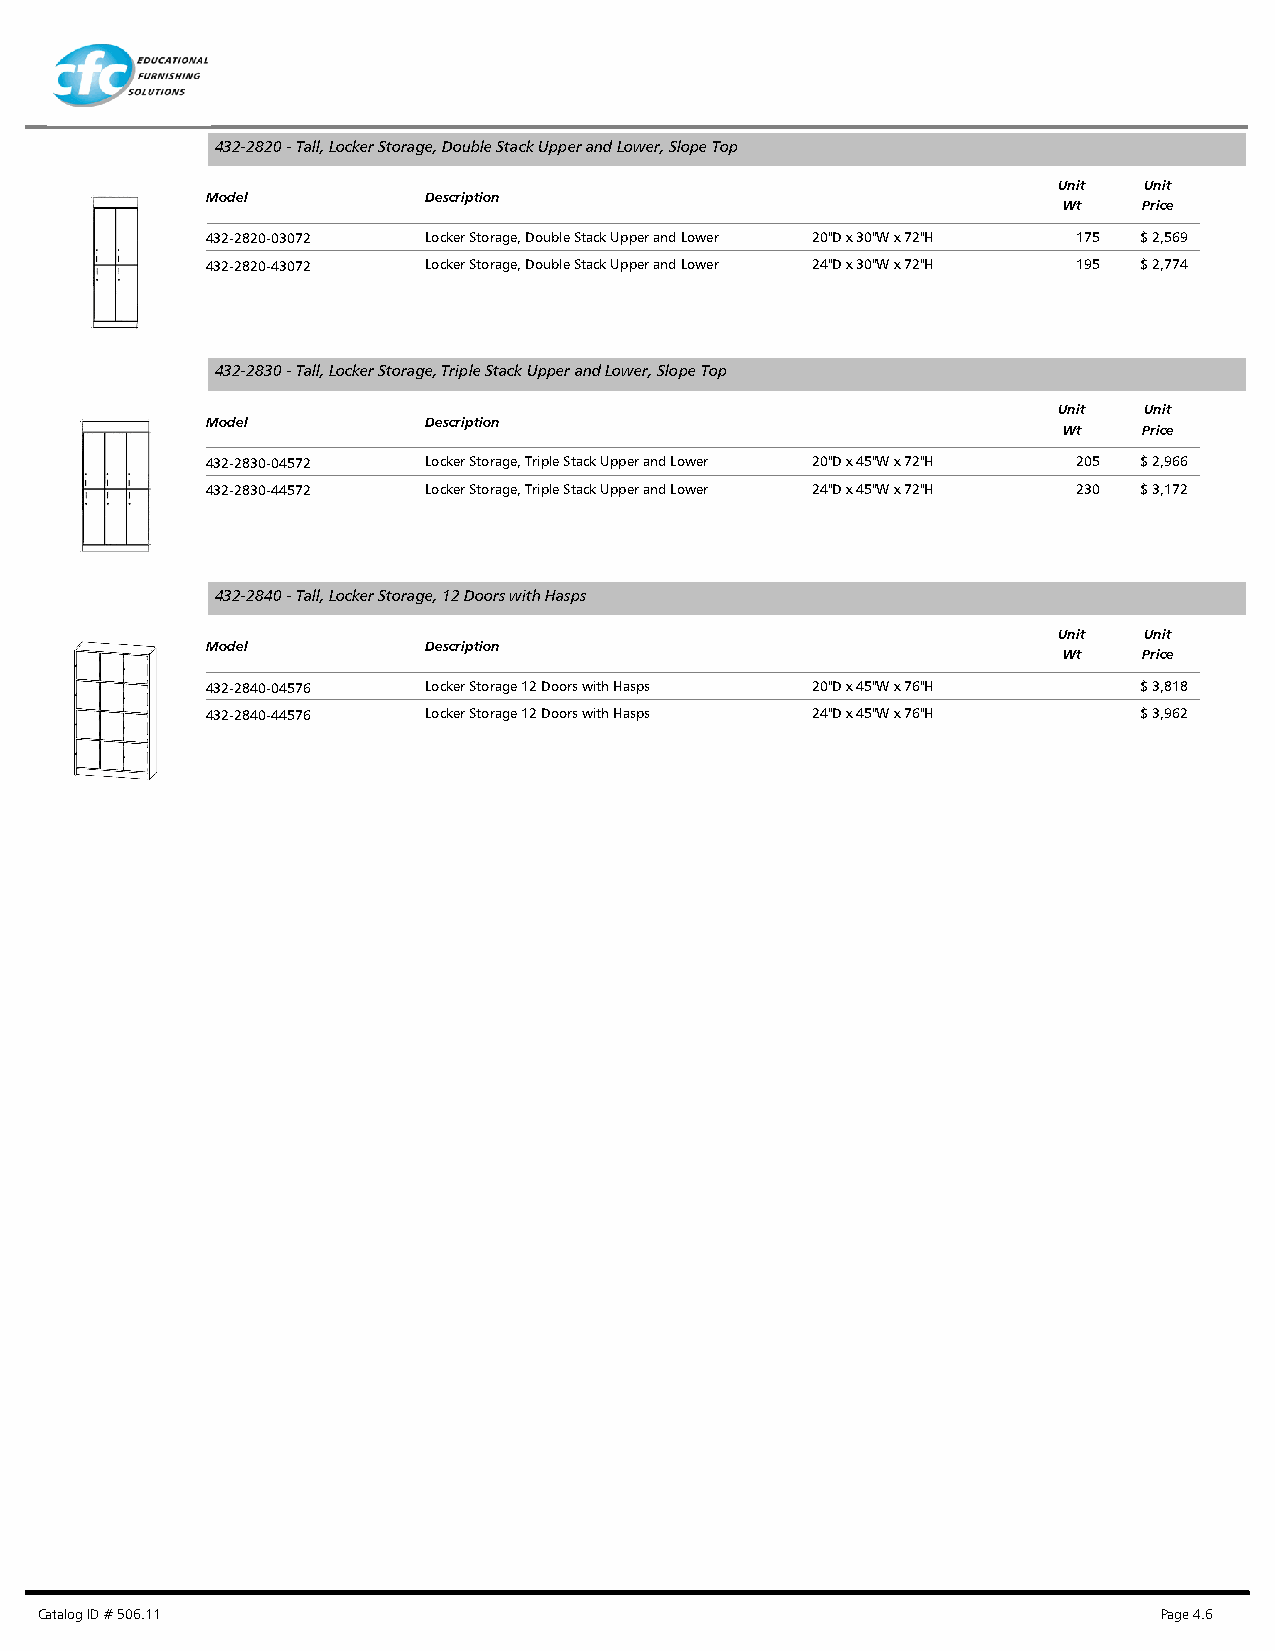
432-2820 - Tall, Locker Storage, Double Stack Upper and Lower, Slope Top
 Unit  Unit
 Model         Description
 Wt    Price
 432-2820-03072 Locker Storage, Double Stack Upper and Lower 20"D x 30"W x 72"H 175 $ 2,569
 432-2820-43072 Locker Storage, Double Stack Upper and Lower 24"D x 30"W x 72"H 195 $ 2,774
 432-2830 - Tall, Locker Storage, Triple Stack Upper and Lower, Slope Top
 Unit  Unit
 Model         Description
 Wt    Price
 432-2830-04572 Locker Storage, Triple Stack Upper and Lower 20"D x 45"W x 72"H 205 $ 2,966
 432-2830-44572 Locker Storage, Triple Stack Upper and Lower 24"D x 45"W x 72"H 230 $ 3,172
 432-2840 - Tall, Locker Storage, 12 Doors with Hasps
 Unit  Unit
 Model         Description
 Wt    Price
 432-2840-04576 Locker Storage 12 Doors with Hasps 20"D x 45"W x 76"H $ 3,818
 432-2840-44576 Locker Storage 12 Doors with Hasps 24"D x 45"W x 76"H $ 3,962
 Catalog ID # 506.11                                                        Page 4.6